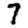
Digit: 7